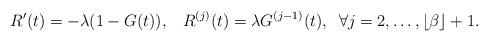
LaTeX: \begin{align*}R^\prime(t)=-\lambda(1-G(t)),\;\;\;R^{(j)}(t)=\lambda G^{(j-1)}(t),\;\; \forall j=2,\ldots, \lfloor\beta\rfloor+1.\end{align*}